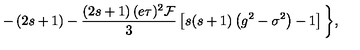
- \left( 2 s + 1 \right) - \frac { \left( 2 s + 1 \right) ( e \tau ) ^ { 2 } \mathcal { F } } 3 \left[ s ( s + 1 ) \left( g ^ { 2 } - \sigma ^ { 2 } \right) - 1 \right] \biggl \} ,